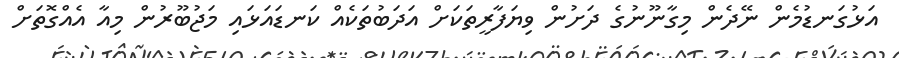
އަޅުގަނޑުމެން ނޭދެން މިގާނޫނުގެ ދަށުން ވިޔަފާރީތަކަށް އަދަބުތަކެއް ކަނޑައަޅައި މަޖުބޫރުން މިއާ އެއްގޮތަށް